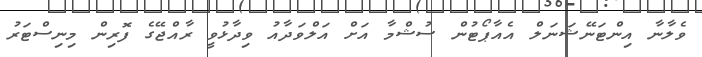
ވެލާނާ އިންޓަނޭޝަނަލް އެއާޕޯޓުން ސުޝްމާ އަށް އަލްވަދާއު ވިދާޅުވީ ރާއްޖޭގެ ފޮރިން މިނިސްޓަރު